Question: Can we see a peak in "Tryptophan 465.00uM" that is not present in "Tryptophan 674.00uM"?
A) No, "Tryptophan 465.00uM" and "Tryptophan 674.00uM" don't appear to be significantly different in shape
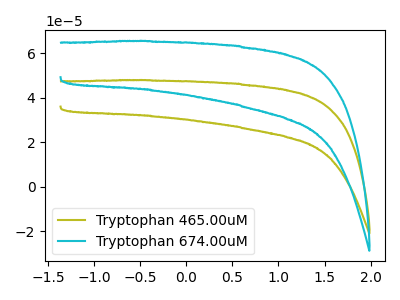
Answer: <think>The olive curve "Tryptophan 465.00uM" has no peaks. The cyan curve "Tryptophan 674.00uM" has no peaks.
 Neither "Tryptophan 465.00uM" or "Tryptophan 674.00uM" have any peaks.</think>
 <answer>A) No, "Tryptophan 465.00uM" and "Tryptophan 674.00uM" don't appear to be significantly different in shape</answer>
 <eval>A</eval>